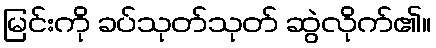
မြင်းကို ခပ်သုတ်သုတ် ဆွဲလိုက်၏။